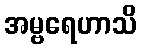
အမ္ဗရေဟာသိ